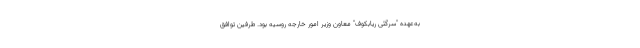
به‌عهده "سرگئی ریابکوف" معاون وزیر امور خارجه روسیه بود. طرفین توافق